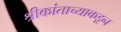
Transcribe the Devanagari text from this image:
श्रीकांताच्याकडून